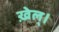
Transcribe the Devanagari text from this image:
ख़ेल्।